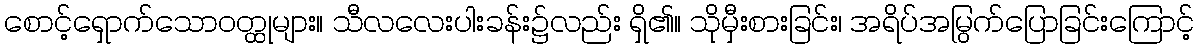
စောင့်ရှောက်သောဝတ္ထုများ။ သီလလေးပါးခန်း၌လည်း ရှိ၏။ သိုမှီးစားခြင်း၊ အရိပ်အမြွက်ပြောခြင်းကြောင့်